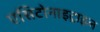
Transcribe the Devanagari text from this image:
एसिटोनाइट्राइल